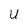
Character: U